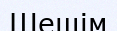
Шешім